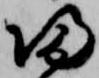
帰